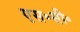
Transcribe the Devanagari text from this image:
एस॰सी॰